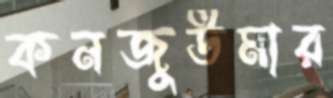
কনজুউমার